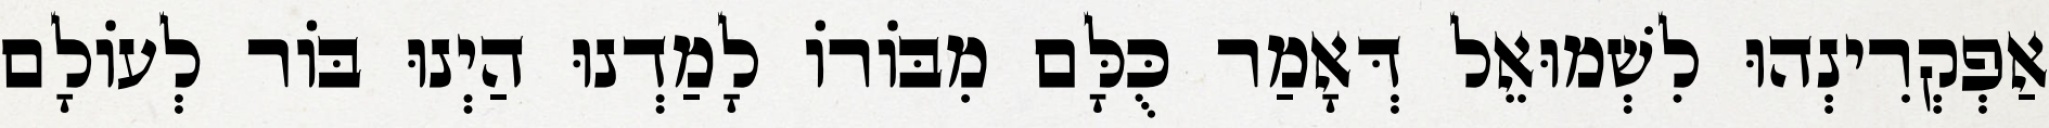
אַפְקְרִינְהוּ לִשְׁמוּאֵל דְּאָמַר כֻּלָּם מִבּוֹרוֹ לָמַדְנוּ הַיְנוּ בּוֹר לְעוֹלָם